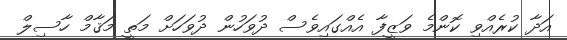
އަދާ ކުރެއްވި ކޮންމެ ވަޒީފާ އެއްގައިވެސް ދުވަހުން ދުވަހަށް މަތީ މަޤާމް ހާސިލް